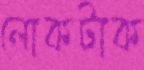
লোকটাক